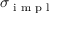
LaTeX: \sigma _ { \textrm { i m p l } }